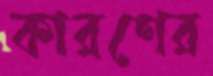
কারণের